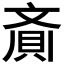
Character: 𮚁